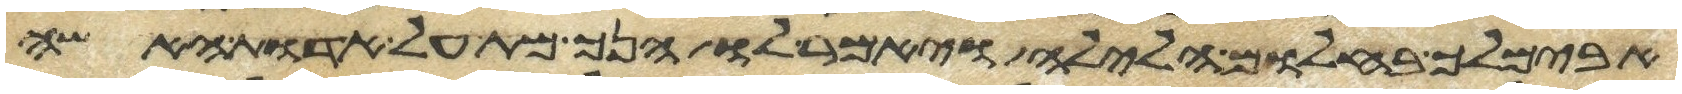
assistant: אבימלך בחלום הלילה ויאמר לו הנך מת על אדות האשה